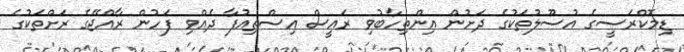
ޑިމޮކްރަސީގެ އުސޫލުތަކުގެ ދަށުން އިންތިހާބުވި ރައީސް އިސްތިއުފާ ދެއްވި ފަހުން ރާއްޖޭގެ ރަށްތަކުގެ